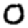
Digit: 0